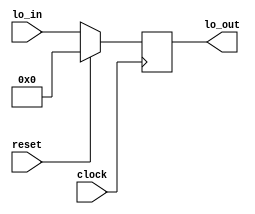
module LO
(lo_in,lo_out,clock,reset);

input [31:0] lo_in;
input clock, reset;
output reg [31:0] lo_out;
	
initial begin
	lo_out = 32'b00000000000000000000000000000000;
end
always@(posedge clock)
begin
if (reset)
	lo_out = 32'b00000000000000000000000000000000;
else
	lo_out = lo_in;
end
endmodule